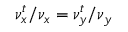
\nu _ { x } ^ { t } / \nu _ { x } = \nu _ { y } ^ { t } / \nu _ { y }